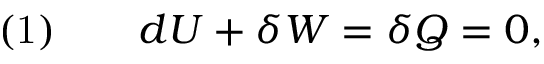
{ \mathrm { ( 1 ) } } \qquad d U + \delta W = \delta Q = 0 ,